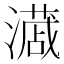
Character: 𭳎